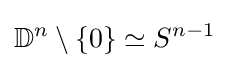
\mathbb {D} ^{n}\setminus \{0\}\simeq S^{n-1}